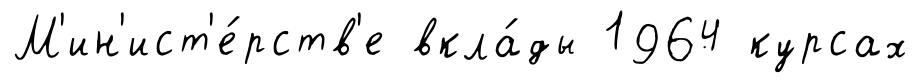
М'ин'ист'е́рств'е вкла́ды 1964 курсах